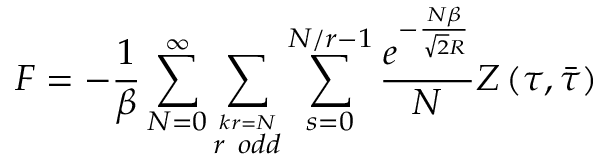
F = - \frac { 1 } { \beta } \sum _ { N = 0 } ^ { \infty } \sum _ { \stackrel { k r = N } { r \ o d d } } \sum _ { s = 0 } ^ { N / r - 1 } \frac { e ^ { - \frac { N \beta } { \sqrt { 2 } R } } } { N } Z \left( \tau , \bar { \tau } \right)